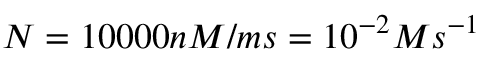
N = 1 0 0 0 0 n M / m s = 1 0 ^ { - 2 } M s ^ { - 1 }